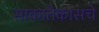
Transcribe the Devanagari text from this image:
साकातेकासचे